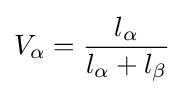
V_{\alpha }={\frac {l_{\alpha }}{l_{\alpha }+l_{\beta }}}